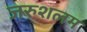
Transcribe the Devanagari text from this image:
जरुशलम